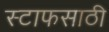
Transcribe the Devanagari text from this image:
स्टाफसाठी